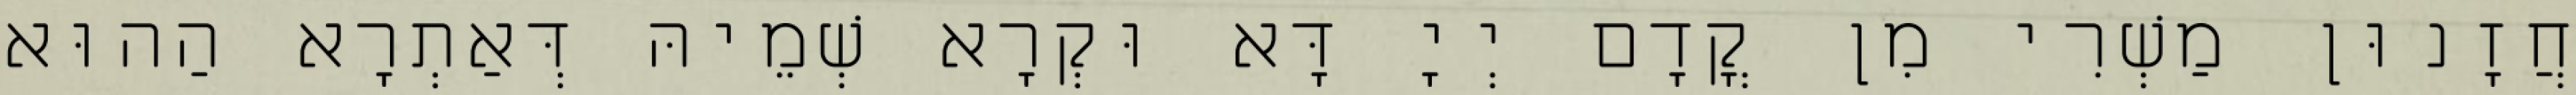
חֲזָנוּן מַשְׁרִי מִן קֳדָם יְיָ דָּא וּקְרָא שְׁמֵיהּ דְּאַתְרָא הַהוּא